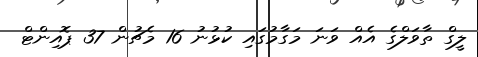
ލީގް ތާވަލްގެ އެއް ވަނަ މަގާމުގައި ކުޅުނު 16 މެޗުން 37 ޕޮއިންޓް